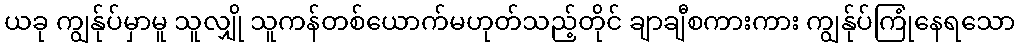
ယခု ကျွန်ုပ်မှာမူ သူလျှို သူကန်တစ်ယောက်မဟုတ်သည့်တိုင် ချာချီစကားကား ကျွန်ုပ်ကြုံနေရသော